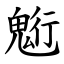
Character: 䰢